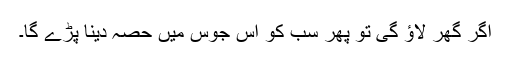
اگر گھر لاؤ گی تو پھر سب کو اس جوس میں حصہ دینا پڑے گا۔